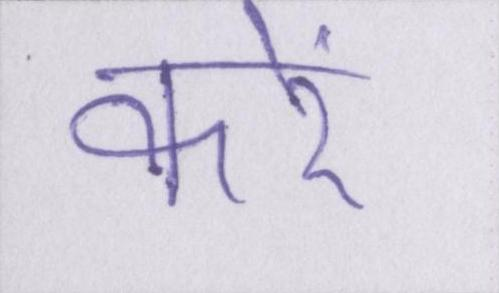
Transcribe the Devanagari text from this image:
करें